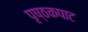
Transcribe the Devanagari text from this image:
पृष्ठकपाट